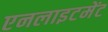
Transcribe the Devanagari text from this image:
एनलाइटमेंट